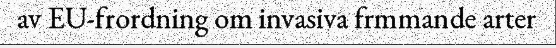
av EU-frordning om invasiva frmmande arter